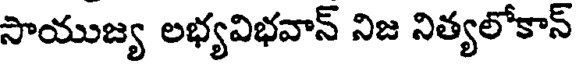
సాయుజ్య లభ్యవిభవాన్ నిజ నిత్యలోకాన్